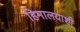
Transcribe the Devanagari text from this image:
हिमालयाशी